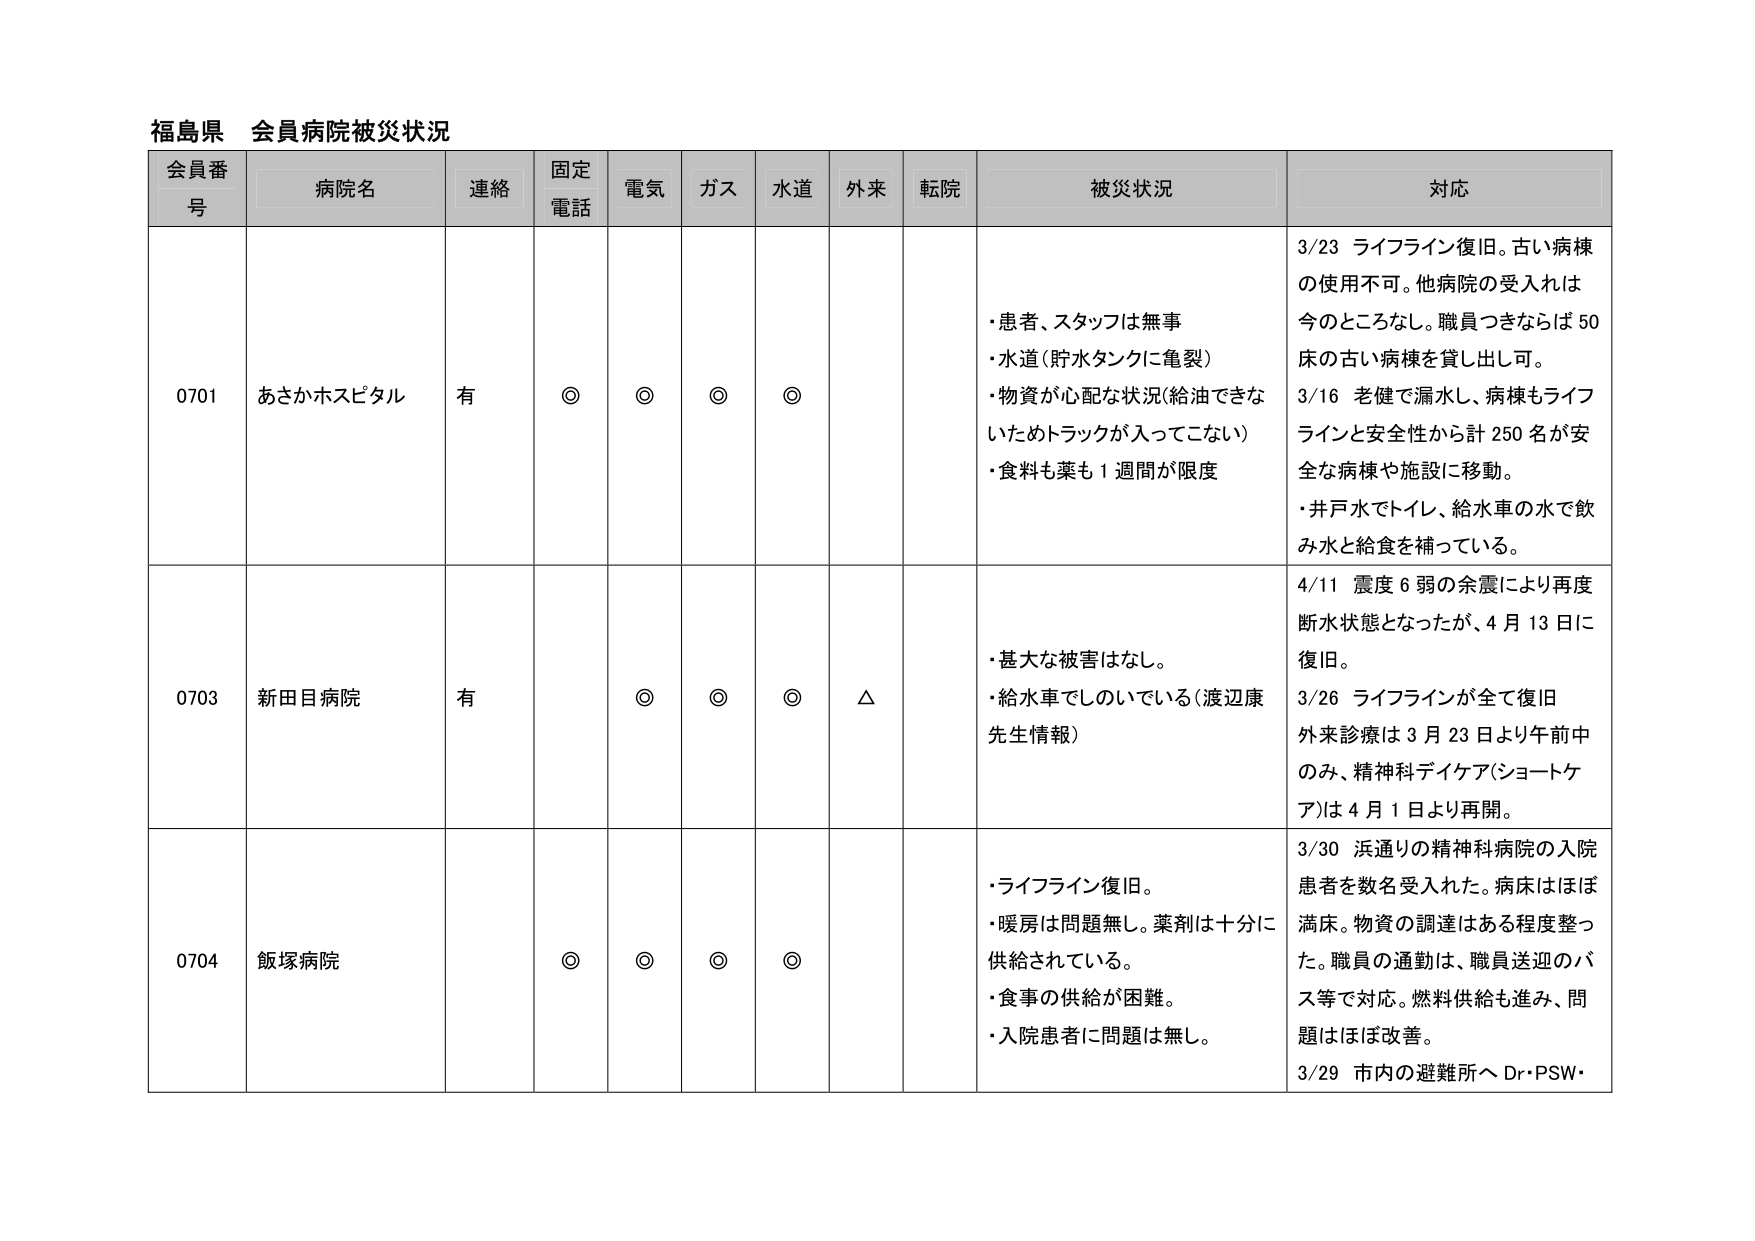
福島県 会員病院被災状況

会員番号 病院名 連絡 固定電話 電気 ガス 水道 外来 転院 被災状況 対応

0701 あさかホスピタル 有 ◎ ◎ ◎ ◎
・患者、スタッフは無事
・水道（貯水タンクに亀裂）
・物資が心配な状況（給油できないためトラックが入ってこない）
・食料も薬も1週間が限度
3/23 ライフライン復旧。古い病棟の使用不可。他病院の受入れは今のところなし。職員つきならば50床の古い病棟を貸し出し可。
3/16 老健で漏水し、病棟もライフラインと安全性から計250名が安全な病棟や施設に移動。
・井戸水でトイレ、給水車の水で飲み水と給食を補っている。

0703 新田目病院 有 ◎ ◎ ◎ △
・甚大な被害はなし。
・給水車でしのいでいる（渡辺康先生情報）
4/11 震度6弱の余震により再度断水状態となったが、4月13日に復旧。
3/26 ライフラインが全て復旧
外来診療は3月23日より午前中のみ、精神科デイケア（ショートケア）は4月1日より再開。

0704 飯塚病院 ◎ ◎ ◎ ◎
・ライフライン復旧。
・暖房は問題無し。薬剤は十分に供給されている。
・食事の供給が困難。
・入院患者に問題は無し。
3/30 浜通りの精神科病院の入院患者を数名受入れた。病床はほぼ満床。物資の調達はある程度整った。職員の通勤は、職員送迎のバス等で対応。燃料供給も進み、問題はほぼ改善。
3/29 市内の避難所へ Dr・PSW・